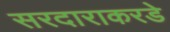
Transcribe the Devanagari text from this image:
सरदाराकरडे